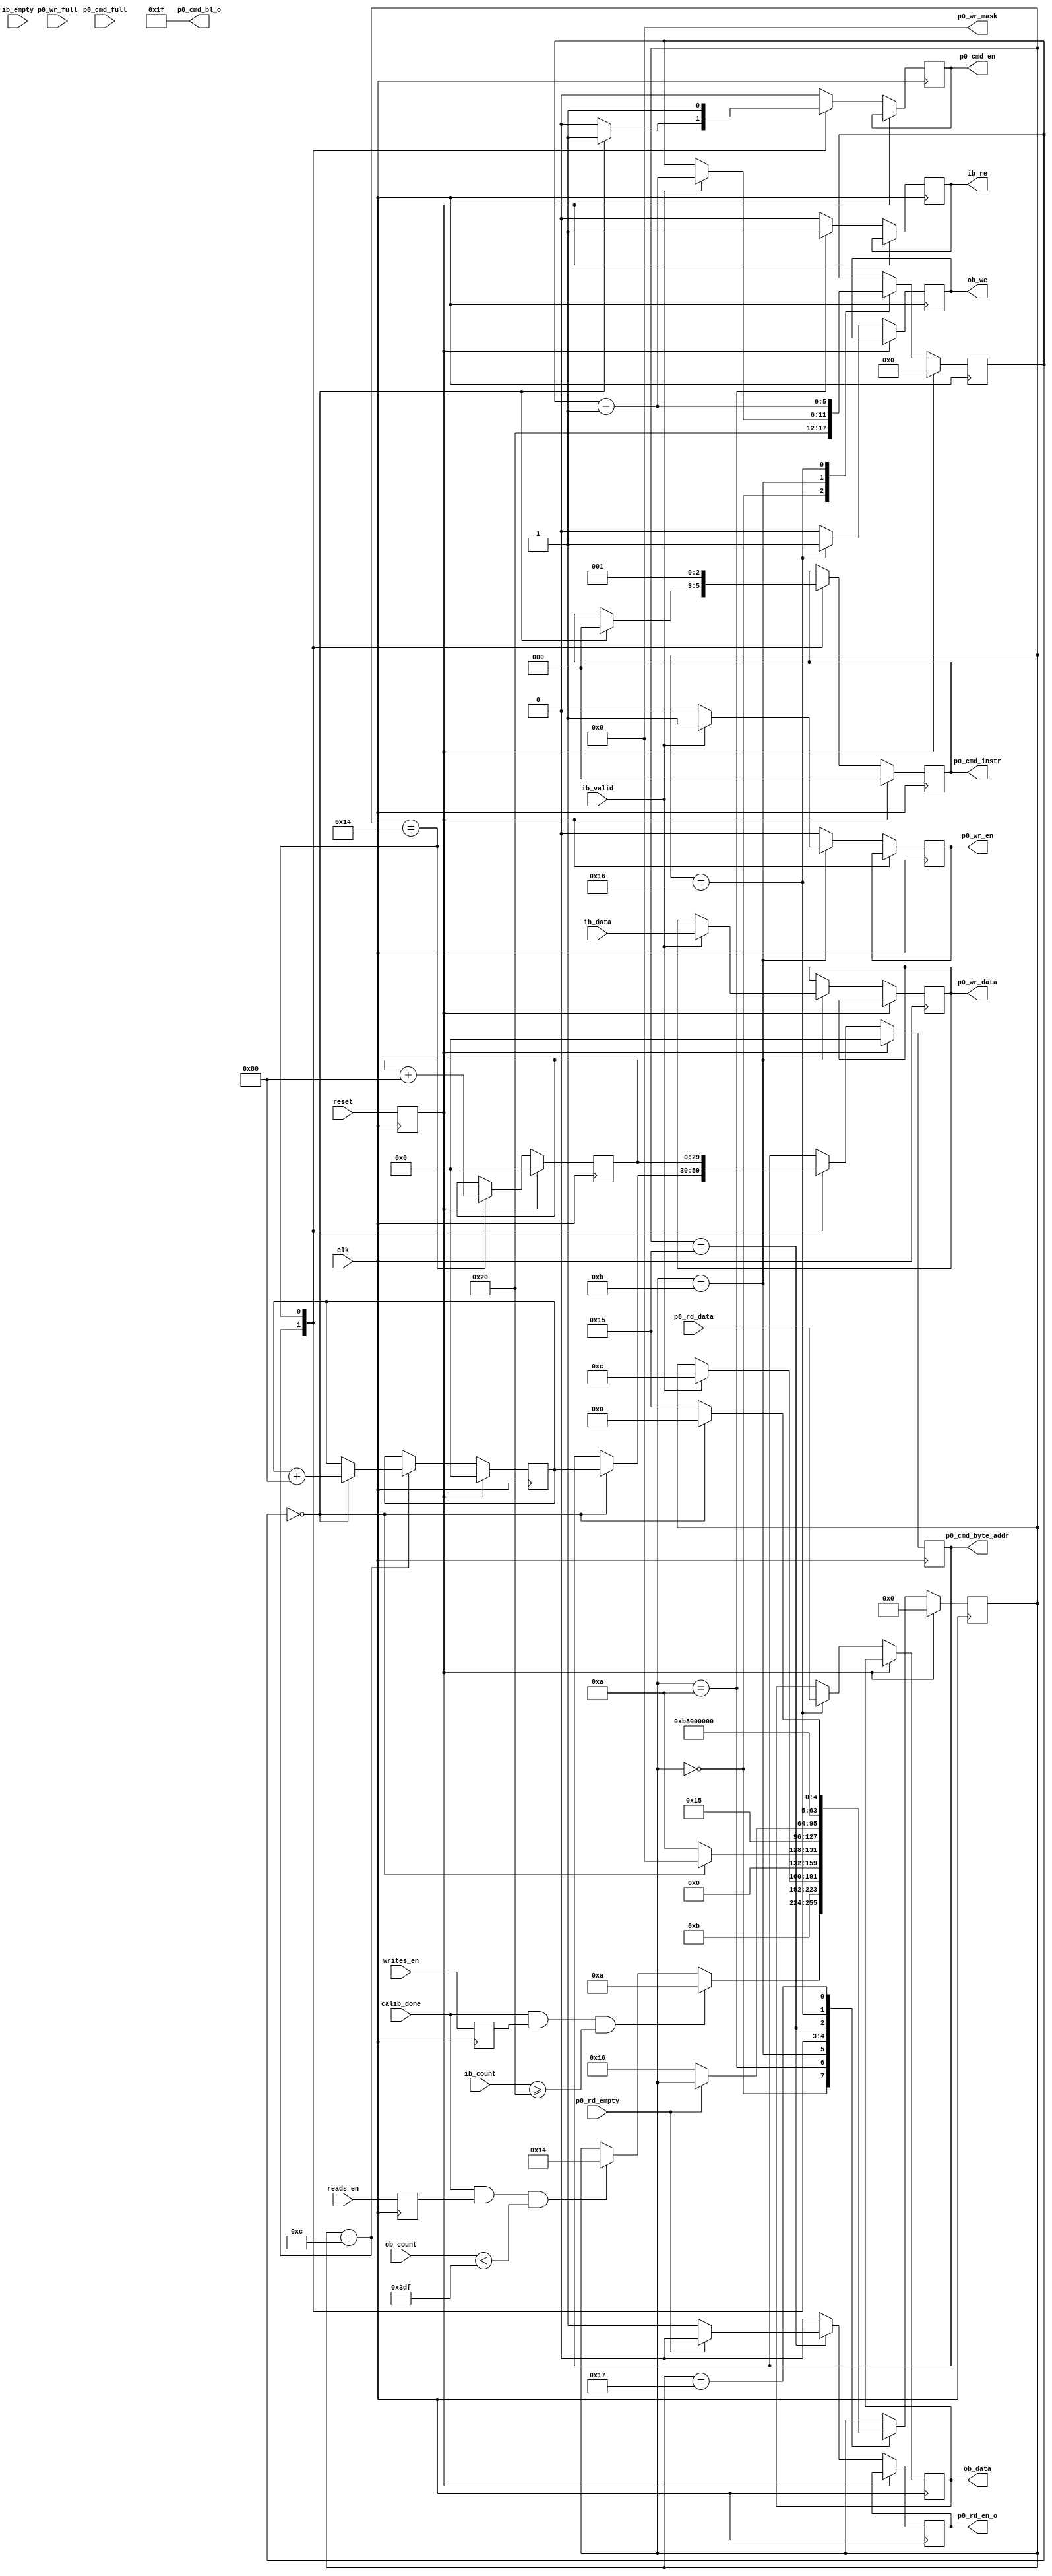

`timescale 1ns/1ps
//`default_nettype none

module ddr2_test
	(
	input  wire          clk,
	input  wire          reset,
	input  wire          writes_en,
	input  wire          reads_en,
	input  wire          calib_done, 
	//DDR Input Buffer (ib_)
	output reg           ib_re,
	input  wire [31:0]   ib_data,
	input  wire [9:0]    ib_count,
	input  wire          ib_valid,
	input  wire          ib_empty,
	//DDR Output Buffer (ob_)
	output reg           ob_we,
	output reg  [31:0]   ob_data,
	input  wire [9:0]    ob_count,
	
	output reg           p0_rd_en_o, 
	input  wire          p0_rd_empty,
	input  wire [31:0]   p0_rd_data,
	
	input  wire          p0_cmd_full,
	output reg           p0_cmd_en,
	output reg  [2:0]    p0_cmd_instr,
	output reg  [29:0]   p0_cmd_byte_addr,
	output wire [5:0]    p0_cmd_bl_o, 
	input  wire          p0_wr_full,
	output reg           p0_wr_en,
	output reg  [31:0]   p0_wr_data,
	output wire [3:0]    p0_wr_mask
	);

localparam FIFO_SIZE      = 1024;
localparam BURST_LEN      = 32;  // Number of 32bit user words per DRAM command (Must be Multiple of 2)

wire        rd_fifo_afull;
reg  [29:0] cmd_byte_addr_wr, cmd_byte_addr_rd;
reg  [5:0]  burst_cnt;

reg         write_mode;
reg         read_mode;
reg         reset_d;


assign p0_cmd_bl_o = BURST_LEN - 1;
assign p0_wr_mask = 4'b0000;

always @(posedge clk) write_mode <= writes_en;
always @(posedge clk) read_mode <= reads_en;
always @(posedge clk) reset_d <= reset;


integer state;
localparam s_idle  = 0,
           s_write1 = 10,
           s_write2 = 11,
           s_write3 = 12,
           s_read1 = 20,
           s_read2 = 21,
           s_read3 = 22,
           s_read4 = 23;
always @(posedge clk) begin
	if (reset_d) begin
		state           <= s_idle;
		burst_cnt       <= 3'b000;
		cmd_byte_addr_wr  <= 0;
		cmd_byte_addr_rd  <= 0;
		p0_cmd_instr <= 3'b0;
		p0_cmd_byte_addr <= 30'b0;
	end else begin
		p0_cmd_en  <= 1'b0;
		p0_wr_en <= 1'b0;
		ib_re <= 1'b0;
		p0_rd_en_o   <= 1'b0;
		ob_we <= 1'b0;


		case (state)
			s_idle: begin
				burst_cnt <= BURST_LEN;

				// only start writing when initialization done
				if (calib_done==1 && write_mode==1 && (ib_count >= BURST_LEN)) begin
					state <= s_write1;
				end else if (calib_done==1 && read_mode==1 && (ob_count<(FIFO_SIZE-1-BURST_LEN) ) ) begin
					state <= s_read1;
				end
			end

			s_write1: begin
				state <= s_write2;
				ib_re <= 1'b1;
			end

			s_write2: begin
				if(ib_valid==1) begin
					p0_wr_data <= ib_data;
					p0_wr_en   <= 1'b1;
					burst_cnt <= burst_cnt - 1;
					state <= s_write3;
				end
			end
			
			s_write3: begin
				if (burst_cnt == 3'd0) begin
					p0_cmd_en    <= 1'b1;
					p0_cmd_byte_addr <= cmd_byte_addr_wr;
					cmd_byte_addr_wr <= cmd_byte_addr_wr + 4*BURST_LEN;
					p0_cmd_instr     <= 3'b000;
					state <= s_idle;
				end else begin
					state <= s_write1;
				end
			end

			s_read1: begin
				p0_cmd_byte_addr <= cmd_byte_addr_rd;
				cmd_byte_addr_rd <= cmd_byte_addr_rd + 4*BURST_LEN;
				p0_cmd_instr     <= 3'b001;
				p0_cmd_en    <= 1'b1;
				state <= s_read2;
			end
			
			s_read2: begin
				if(p0_rd_empty==0) begin
					p0_rd_en_o <= 1'b1;
					state <= s_read3;
				end
			end
			
			s_read3: begin
				ob_data <= p0_rd_data;
				ob_we <= 1'b1;
				burst_cnt <= burst_cnt - 1;
				state <= s_read4;
			end
			
			s_read4: begin
				if (burst_cnt == 3'd0) begin
					state <= s_idle;
				end else begin
					state <= s_read2;
				end
			end
			
				
		endcase
	end
end


endmodule